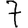
Digit: 7